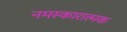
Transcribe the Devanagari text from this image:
नमस्कारात्मक